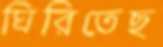
ঘিরিতেছ